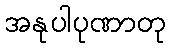
အနုပါပုဏာတု